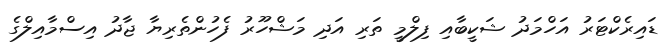
ޑައިރެކްޓަރު އަހްމަދު ޝަކީބާއި ފިލްމީ ތަރި އަދި މަޝްހޫރު ފެހުންތެރިޔާ ޖާދު އިސްމާއިލްގެ